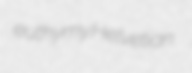
euthymy Helvetian